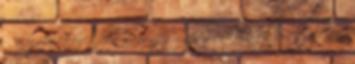
-, a gyülekezetben sem néz majd senki ránk rosszallóan,